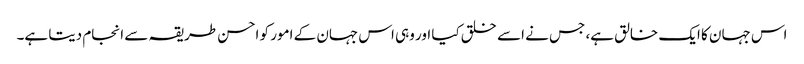
اس جہان کا ایک خالق ہے، جس نے اسے خلق کیا اور وہی اس جہان کے امور کو احسن طریقہ سے انجام دیتا ہے۔